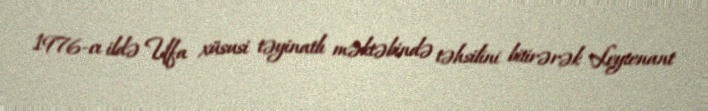
1976-cı ildə Ufa xüsusi təyinatlı məktəbində təhsilini bitirərək Leytenant